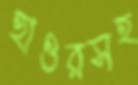
হাওরসহ